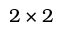
2 \times 2